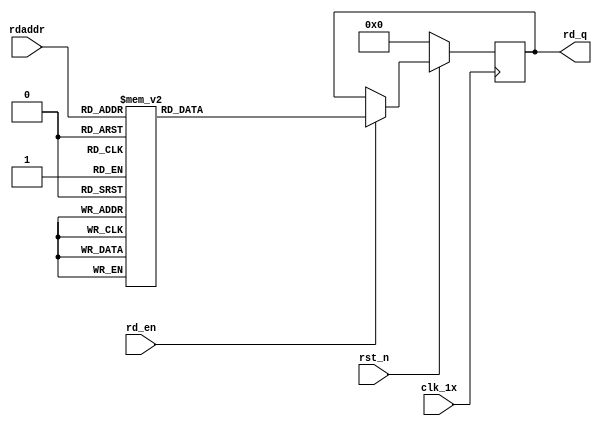

`timescale 1ns / 1ps
module F_normal_t10_next_Rom7(
input	          							clk_1x,
input	          							rst_n,
//////////////////////////////////////////////////////////////
input										rd_en,
input				[4:0]				rdaddr,
output		reg			[159:0]				rd_q
);

always @(posedge clk_1x)begin
	if(~rst_n)begin
		rd_q <= 160'b0;
	end
	else if(rd_en == 1'b1)begin
		case(rdaddr)
			5'h13: rd_q <= 160'b1001010101010110000100000011110100111111110101111111111101111110000101010111111101111000101101110101001001101110111000011111001000111000011100100101001110010110;
			5'h12: rd_q <= 160'b0001111101010000010011011111111011001111001011100011100001001110100110110000001001100101110111001110101111100010011100101101010011111100110010000010101000110011;
			5'h11: rd_q <= 160'b1101101100100110110110000101101110101111011101011100111000101101000110001001110001111100011001011100011010001100110111011000110000110010101110010000011110011111;
			5'h10: rd_q <= 160'b0110110111001110010001000000111001101110111100101100000101001111011100011101101111001001011000100011111000001101110111110111011011000000101001110110111001110101;
			5'h0f: rd_q <= 160'b1101010110100101100001100001111100011101110111010110110000011011000001000111110011111100101001111111101111110000101001001001001101101000100100110010010110111011;
			5'h0e: rd_q <= 160'b1011010111001100100110011000100000110110111110000001001011000000001000010100001000101011101001110001000001000101001101010000100110111000000010100010100000010010;
			5'h0d: rd_q <= 160'b1110010100010101001111101110100000000110101011100100111001110011101100111000100111011101010111111010100111100110110110100000100110001101011100110001010000001100;
			5'h0c: rd_q <= 160'b1001010010100000010010001011100111101100110100001101100000100111100010010100110100100101010101101010000000110110100111111000000001001110100100010100000111010010;
			5'h0b: rd_q <= 160'b0010100001000001111000011010101001110111110100101010100010110101011101001011111011000011001011001101110011111100110101111000001101101000001011010111001101100000;
			5'h0a: rd_q <= 160'b1110111100110100010001010011010110001010111000000011111001011001011001011101000100101000001010110001011001000101100101111111100000000010000011001111101101110111;
			5'h09: rd_q <= 160'b1110110011000110111001100101111101011000000111111001011111110111101110010100001000111011100001011110011110011101100001110100000011111000110101000111100100001111;
			5'h08: rd_q <= 160'b0011100000011110000100010001110100011010011111110111111110010011101100110001001001011011110001000111110101010011011011101011010000100001000100110100001000001000;
			5'h07: rd_q <= 160'b1110011110111110011101110001010011100101100000011101101100110001001111110001100000100101010101101001000101101000111111010000001011001110001101101100111111000110;
			5'h06: rd_q <= 160'b1000011110110000101000110010011111010110001010000111010011100011111011001101111101011111000111010010110111110100101010100111000001001101111010001101001110101001;
			5'h05: rd_q <= 160'b0101000000111110011111101101110010000000101010110101000110111001101010100000001000010111011100001010010001100101101011100011101111011111111001000100110111000000;
			5'h04: rd_q <= 160'b1100110100100101100011011110110110011100001001100110010101011101100110010011010100010011011010101111010000001110000110111000111001010111011101110001100001001000;
			5'h03: rd_q <= 160'b1010001110011000001000100000011011010101011001011100011111010000000100010100011100001101001101010100001110000111100010100110100000101111110110001111111110011111;
			5'h02: rd_q <= 160'b0110110110110110111110101111010000110011100010001101000101000110100011001101001000010010000100110110111010001000110101000010000100100100101110100000111110001101;
			5'h01: rd_q <= 160'b1000100011011000001001100101110101001111111101101000101000110001011010011110011100011000011110000100011001010011010001000100001111101001011110100111001101011001;
			5'h00: rd_q <= 160'b1110101011001010101001111010000010101010110111111011011100110011101100000100101011110101001111100101100011101000110000100110001001000000010110100100100001100111;
		default:rd_q <= 160'b0;
		endcase
	end
end

endmodule